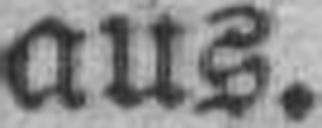
aus.